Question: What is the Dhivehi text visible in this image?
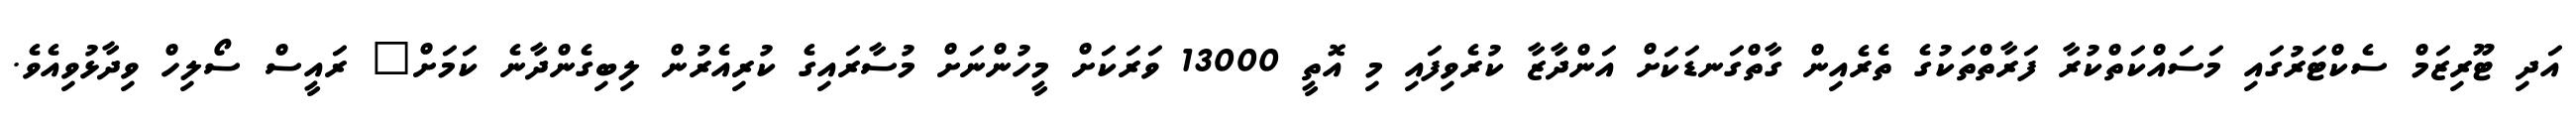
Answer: އަދި ޓޫރިޒަމް ސެކްޓަރުގައި މަސައްކަތްކުރާ ފަރާތްތަކުގެ ތެރެއިން ގާތްގަނޑަކަށް އަންދާޒާ ކުރެވިފައި މި އޮތީ 13000 ވަރަކަށް މީހުންނަށް މުސާރައިގެ ކުރިއެރުން ލިބިގެންދާނެ ކަމަށް" ރައީސް ސޯލިހް ވިދާޅުވިއެވެ.